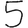
Digit: 5